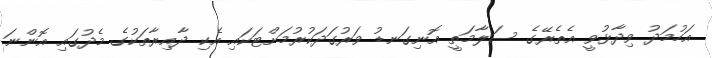
އަހުމަދު ވިދާޅުވީ އެތެރޭގެ ސަލާމަތީ އޮނިގަނޑު ވަރުގަދަކުރުމަށްޓަކައި އެކި ދާއިރާތަކުގެ މެދުގައި އޮންނަ